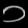
Digit: ၁